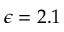
\epsilon = 2 . 1